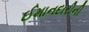
ઈમાનદારીની